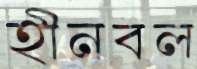
হীনবল